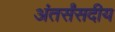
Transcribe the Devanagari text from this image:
अंतर्संसदीय